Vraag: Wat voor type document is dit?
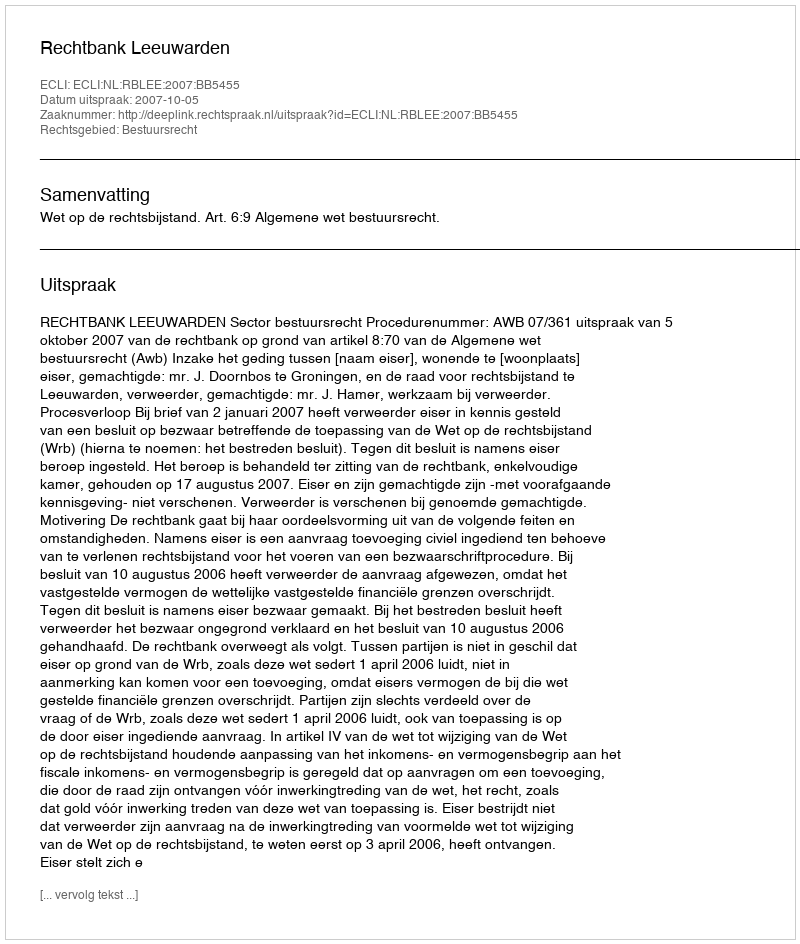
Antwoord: Uitspraak